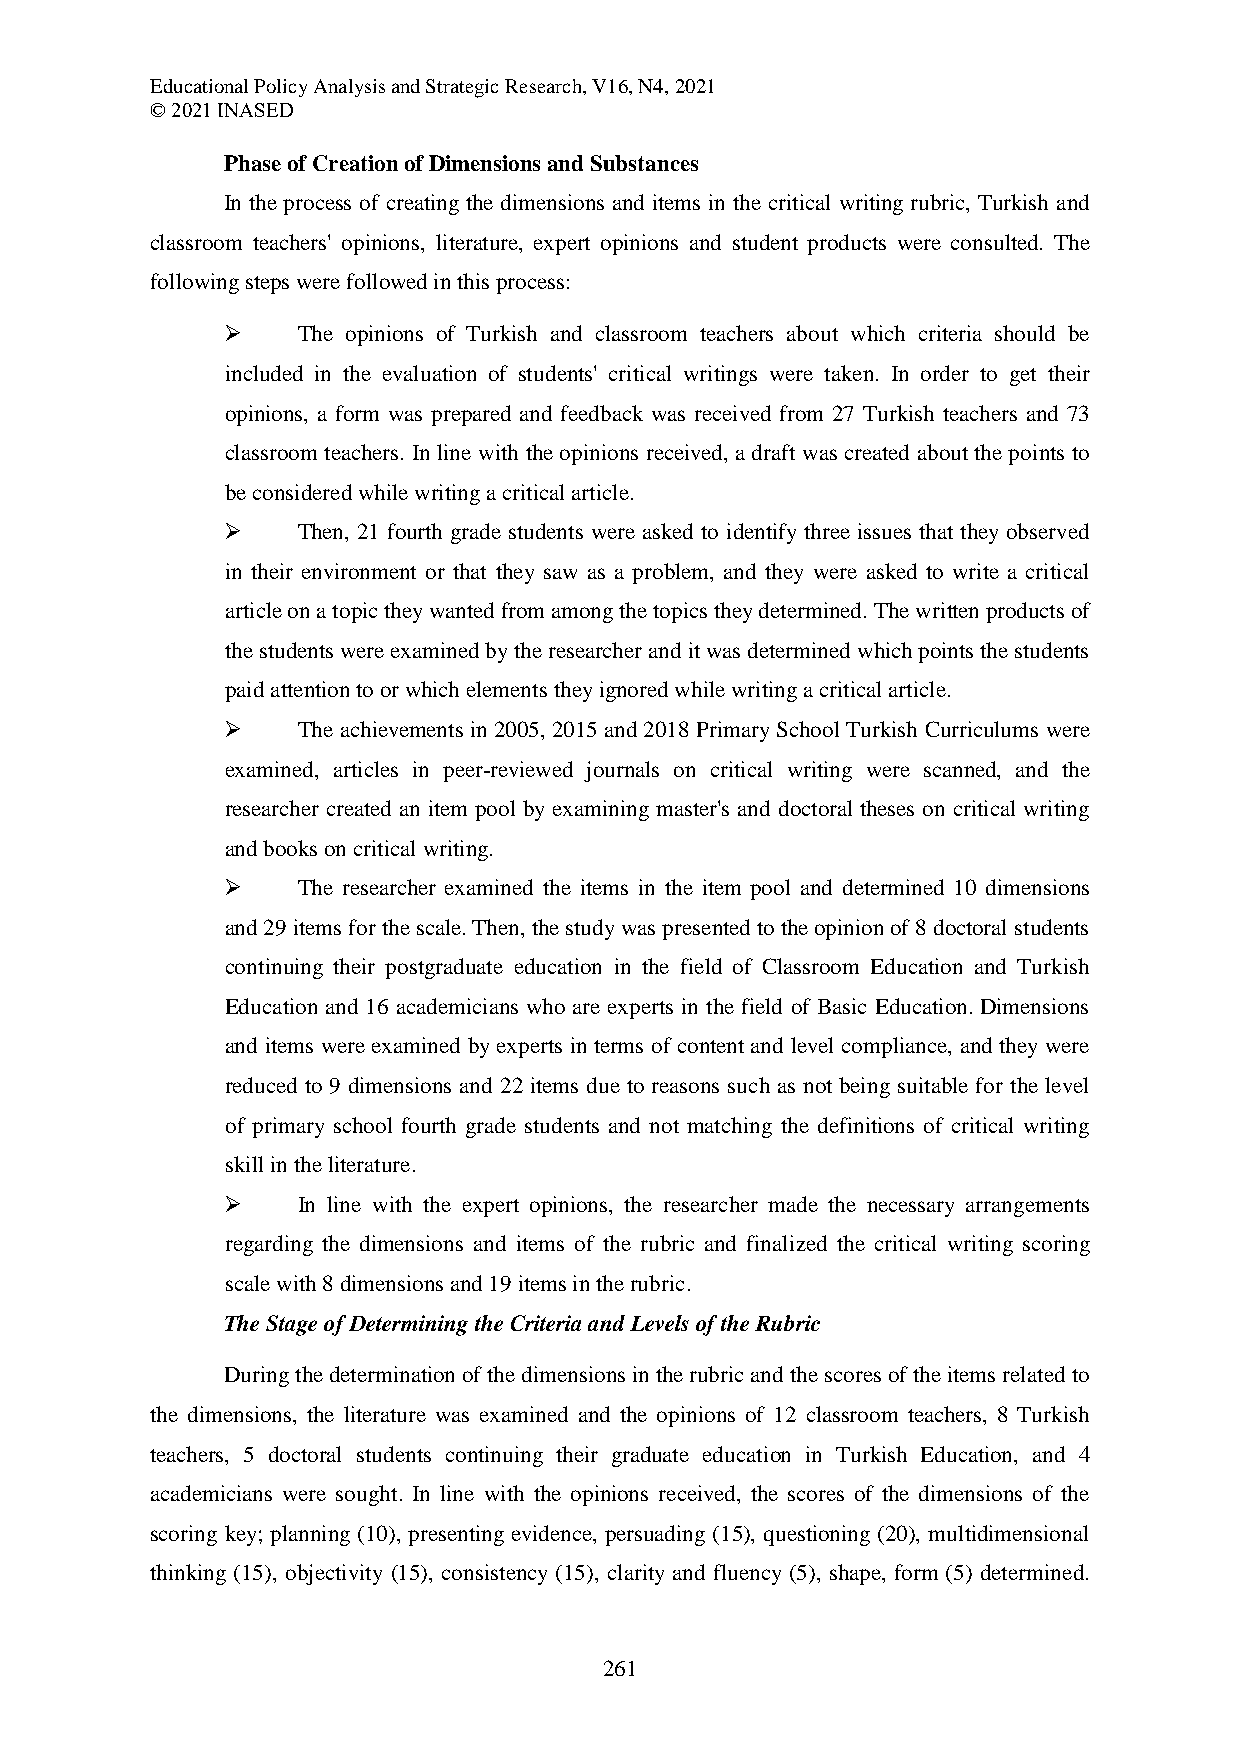
Educational Policy Analysis and Strategic Research, V16, N4, 2021
 © 2021 INASED
 Phase of Creation of Dimensions and Substances
 In the process of creating the dimensions and items in the critical writing rubric, Turkish and
 classroom teachers' opinions, literature, expert opinions and student products were consulted. The
 following steps were followed in this process:
     The opinions of Turkish and classroom teachers about which criteria should be
 included in the evaluation of students' critical writings were taken. In order to get their
 opinions, a form was prepared and feedback was received from 27 Turkish teachers and 73
 classroom teachers. In line with the opinions received, a draft was created about the points to
 be considered while writing a critical article.
     Then, 21 fourth grade students were asked to identify three issues that they observed
 in their environment or that they saw as a problem, and they were asked to write a critical
 article on a topic they wanted from among the topics they determined. The written products of
 the students were examined by the researcher and it was determined which points the students
 paid attention to or which elements they ignored while writing a critical article.
     The achievements in 2005, 2015 and 2018 Primary School Turkish Curriculums were
 examined, articles in peer-reviewed journals on critical writing were scanned, and the
 researcher created an item pool by examining master's and doctoral theses on critical writing
 and books on critical writing.
     The researcher examined the items in the item pool and determined 10 dimensions
 and 29 items for the scale. Then, the study was presented to the opinion of 8 doctoral students
 continuing their postgraduate education in the field of Classroom Education and Turkish
 Education and 16 academicians who are experts in the field of Basic Education. Dimensions
 and items were examined by experts in terms of content and level compliance, and they were
 reduced to 9 dimensions and 22 items due to reasons such as not being suitable for the level
 of primary school fourth grade students and not matching the definitions of critical writing
 skill in the literature.
     In line with the expert opinions, the researcher made the necessary arrangements
 regarding the dimensions and items of the rubric and finalized the critical writing scoring
 scale with 8 dimensions and 19 items in the rubric.
 The Stage of Determining the Criteria and Levels of the Rubric
 During the determination of the dimensions in the rubric and the scores of the items related to
 the dimensions, the literature was examined and the opinions of 12 classroom teachers, 8 Turkish
 teachers, 5 doctoral students continuing their graduate education in Turkish Education, and 4
 academicians were sought. In line with the opinions received, the scores of the dimensions of the
 scoring key; planning (10), presenting evidence, persuading (15), questioning (20), multidimensional
 thinking (15), objectivity (15), consistency (15), clarity and fluency (5), shape, form (5) determined.
 261